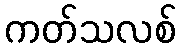
ကတ်သလစ်